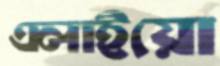
এলাইয়ো